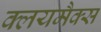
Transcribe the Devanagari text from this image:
क्लयमैक्स